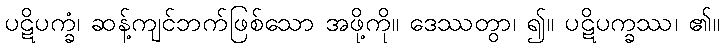
ပဋိပက္ခံ၊ ဆန့်ကျင်ဘက်ဖြစ်သော အဖို့ကို။ ဒေဿတွာ၊ ၍။ ပဋိပက္ခဿ၊ ၏။